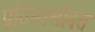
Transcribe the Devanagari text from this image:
प्रतिमांसोबत